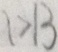
1 > 1 3